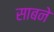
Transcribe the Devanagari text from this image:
साबने